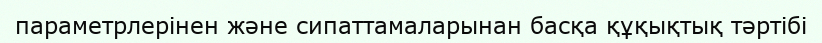
параметрлерінен және сипаттамаларынан басқа құқықтық тәртібі